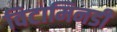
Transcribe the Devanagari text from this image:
विटामिनडी